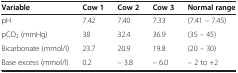
<table><thead><tr><td><b>Variable</b></td><td><b>Cow 1</b></td><td><b>Cow 2</b></td><td><b>Cow 3</b></td><td><b>Normal range</b></td></tr></thead><tbody><tr><td>pH</td><td>7.42</td><td>7.40</td><td>7.33</td><td>(7.41 – 7.45)</td></tr><tr><td>pCO<sub>2</sub> (mmHg)</td><td>38</td><td>32.4</td><td>36.9</td><td>(35 – 45)</td></tr><tr><td>Bicarbonate (mmol/l)</td><td>23.7</td><td>20.9</td><td>19.8</td><td>(20 – 30)</td></tr><tr><td>Base excess (mmol/l)</td><td>0.2</td><td>– 3.8</td><td>– 6.0</td><td>– 2 to +2</td></tr></tbody></table>